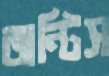
জন্টিস